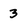
Character: 3